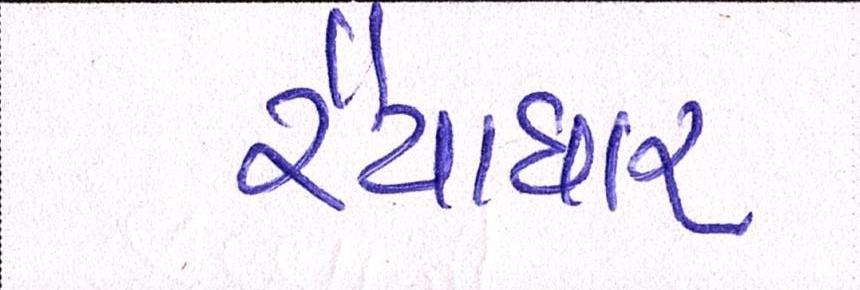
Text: રૈયાધાર